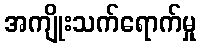
အကျိုးသက်ရောက်မှု